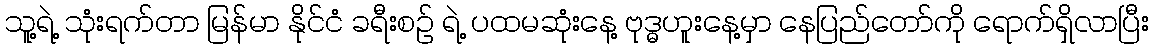
သူ့ရဲ့ သုံးရက်တာ မြန်မာ နိုင်ငံ ခရီးစဉ် ရဲ့ ပထမဆုံးနေ့ ဗုဒ္ဓဟူးနေ့မှာ နေပြည်တော်ကို ရောက်ရှိလာပြီး